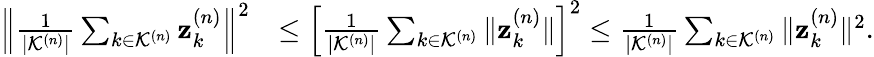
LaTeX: \begin{array}{rl}{\Big\| \frac{1}{|\mathcal{K}^{(n)}|}\sum_{k\in\mathcal{K}^{(n)}}\mathbf{z}_{k}^{(n)}\Big\| ^{2}}&{\leq\Big[\frac{1}{|\mathcal{K}^{(n)}|}\sum_{k\in\mathcal{K}^{(n)}}\| \mathbf{z}_{k}^{(n)}\| \Big]^{2}\leq\frac{1}{|\mathcal{K}^{(n)}|}\sum_{k\in\mathcal{K}^{(n)}}\| \mathbf{z}_{k}^{(n)}\| ^{2}.}\end{array}